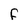
Character: F